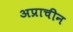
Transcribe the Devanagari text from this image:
अप्राचीन